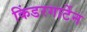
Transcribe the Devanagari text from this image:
किंडरगार्टेन